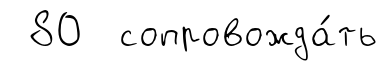
80 сопровожда́ть